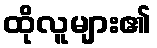
ထိုလူများ၏